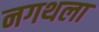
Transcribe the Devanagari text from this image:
नगथला